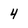
Character: 4